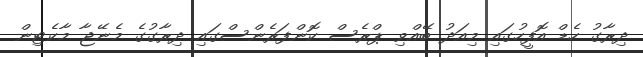
ދިރާގު ހެޑް އޮފީހުގައި މިއަދު ބޭއްވި ޕްރެސް ކޮންފަރެންސްގައި ދިރާގުގެ މެނޭޖާ މާކެޓިން